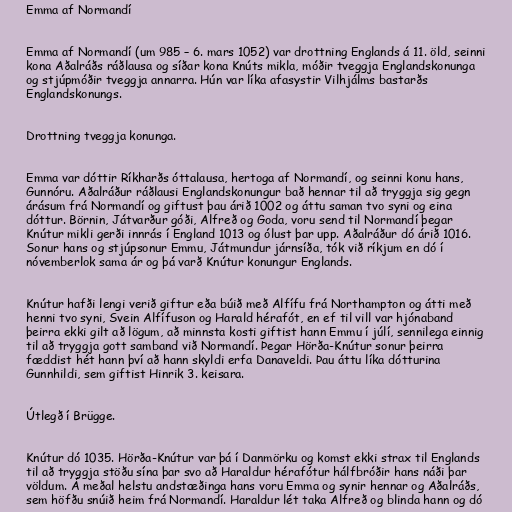
Emma af Normandí

Emma af Normandí (um 985 – 6. mars 1052) var drottning Englands á 11. öld, seinni
kona Aðalráðs ráðlausa og síðar kona Knúts mikla, móðir tveggja Englandskonunga
og stjúpmóðir tveggja annarra. Hún var líka afasystir Vilhjálms bastarðs
Englandskonungs.

Drottning tveggja konunga.

Emma var dóttir Ríkharðs óttalausa, hertoga af Normandí, og seinni konu hans,
Gunnóru. Aðalráður ráðlausi Englandskonungur bað hennar til að tryggja sig gegn
árásum frá Normandí og giftust þau árið 1002 og áttu saman tvo syni og eina
dóttur. Börnin, Játvarður góði, Alfreð og Goda, voru send til Normandí þegar
Knútur mikli gerði innrás í England 1013 og ólust þar upp. Aðalráður dó árið 1016.
Sonur hans og stjúpsonur Emmu, Játmundur járnsíða, tók við ríkjum en dó í
nóvemberlok sama ár og þá varð Knútur konungur Englands.

Knútur hafði lengi verið giftur eða búið með Alfífu frá Northampton og átti með
henni tvo syni, Svein Alfífuson og Harald hérafót, en ef til vill var hjónaband
þeirra ekki gilt að lögum, að minnsta kosti giftist hann Emmu í júlí, sennilega einnig
til að tryggja gott samband við Normandí. Þegar Hörða-Knútur sonur þeirra
fæddist hét hann því að hann skyldi erfa Danaveldi. Þau áttu líka dótturina
Gunnhildi, sem giftist Hinrik 3. keisara.

Útlegð í Brügge.

Knútur dó 1035. Hörða-Knútur var þá í Danmörku og komst ekki strax til Englands
til að tryggja stöðu sína þar svo að Haraldur hérafótur hálfbróðir hans náði þar
völdum. Á meðal helstu andstæðinga hans voru Emma og synir hennar og Aðalráðs,
sem höfðu snúið heim frá Normandí. Haraldur lét taka Alfreð og blinda hann og dó